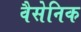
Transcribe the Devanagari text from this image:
वैसेनिक